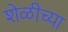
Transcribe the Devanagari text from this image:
शेळीच्या